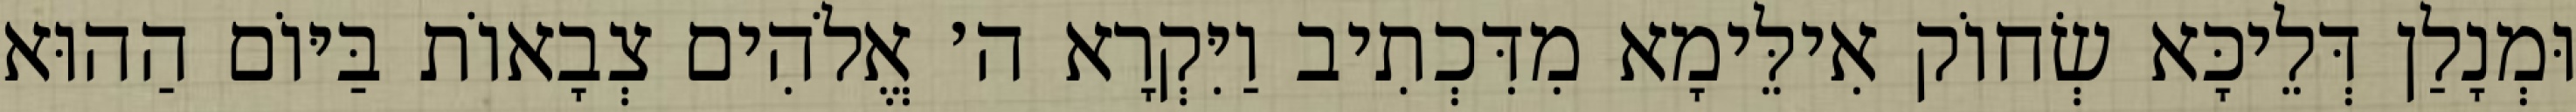
וּמְנָלַן דְּלֵיכָּא שְׂחוֹק אִילֵּימָא מִדִּכְתִיב וַיִּקְרָא ה׳ אֱלֹהִים צְבָאוֹת בַּיּוֹם הַהוּא